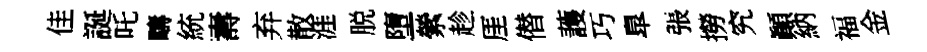
佳誕吒疇統壽弃散涯脱墮縈趁厓僣䕶巧臯張撈究顚納福金